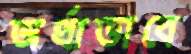
অর্থাভাবে